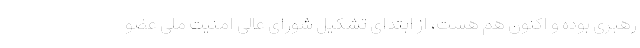
رهبری بوده و اکنون هم هست، از ابتدای تشکیل شورای عالی امنیت ملی عضو